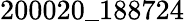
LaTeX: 200020\_ 188724